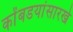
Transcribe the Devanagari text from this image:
कोंबडयांसारखे